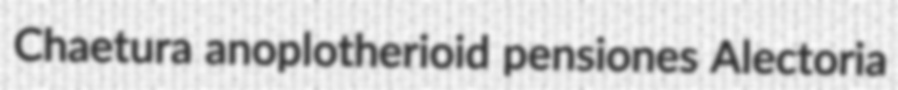
Chaetura anoplotherioid pensiones Alectoria